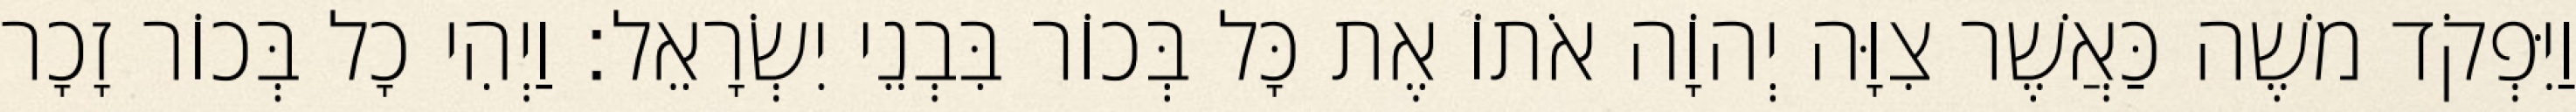
וַיִּפְקֹד משֶׁה כַּאֲשֶׁר צִוָּה יְהוָֹה אֹתוֹ אֶת כָּל בְּכוֹר בִּבְנֵי יִשְׂרָאֵל׃ וַיְהִי כָל בְּכוֹר זָכָר